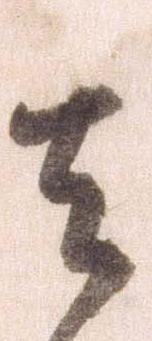
其